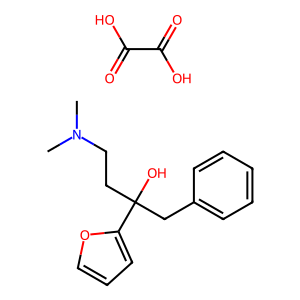
SMILES: CN(C)CCC(O)(Cc1ccccc1)c1ccco1.O=C(O)C(=O)O
Inhibits HIV replication: No